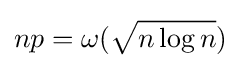
np=\omega ({\sqrt {n\log n}})